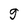
Character: 9